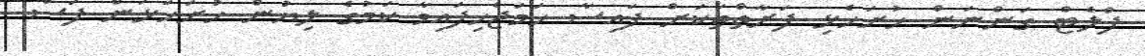
ފްލެޓް ގަންނަން ހުށަހެޅި ފަރާތްތަކަށް ފައިސާ ހަމަޖެހިފައިވާ ކަމުގެ ލިޔުން ހުށަހަޅަން ފަސް